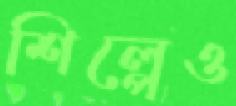
শিল্পেও